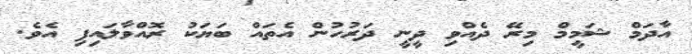
އާދަމް ޝަމީމް މިރޭ ދެއްވި ދީނީ ދަރުހުން އެތައް ބަޔަކު ރޮއްވާލައިފި އެވެ.